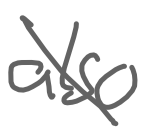
Text: also
Cross-out: diagonal
Writing tool: digital_gray